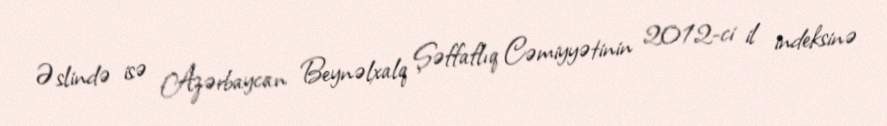
Əslində isə Azərbaycan Beynəlxalq Şəffaflıq Cəmiyyətinin 2012-ci il indeksinə